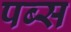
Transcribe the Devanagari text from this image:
पब्स